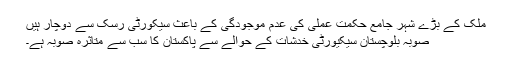
ملک کے بڑے شہر جامع حکمت عملی کی عدم موجودگی کے باعث سیکورٹی رسک سے دوچار ہیں
صوبہ بلوچستان سیکیورٹی خدشات کے حوالے سے پاکستان کا سب سے متاثرہ صوبہ ہے۔